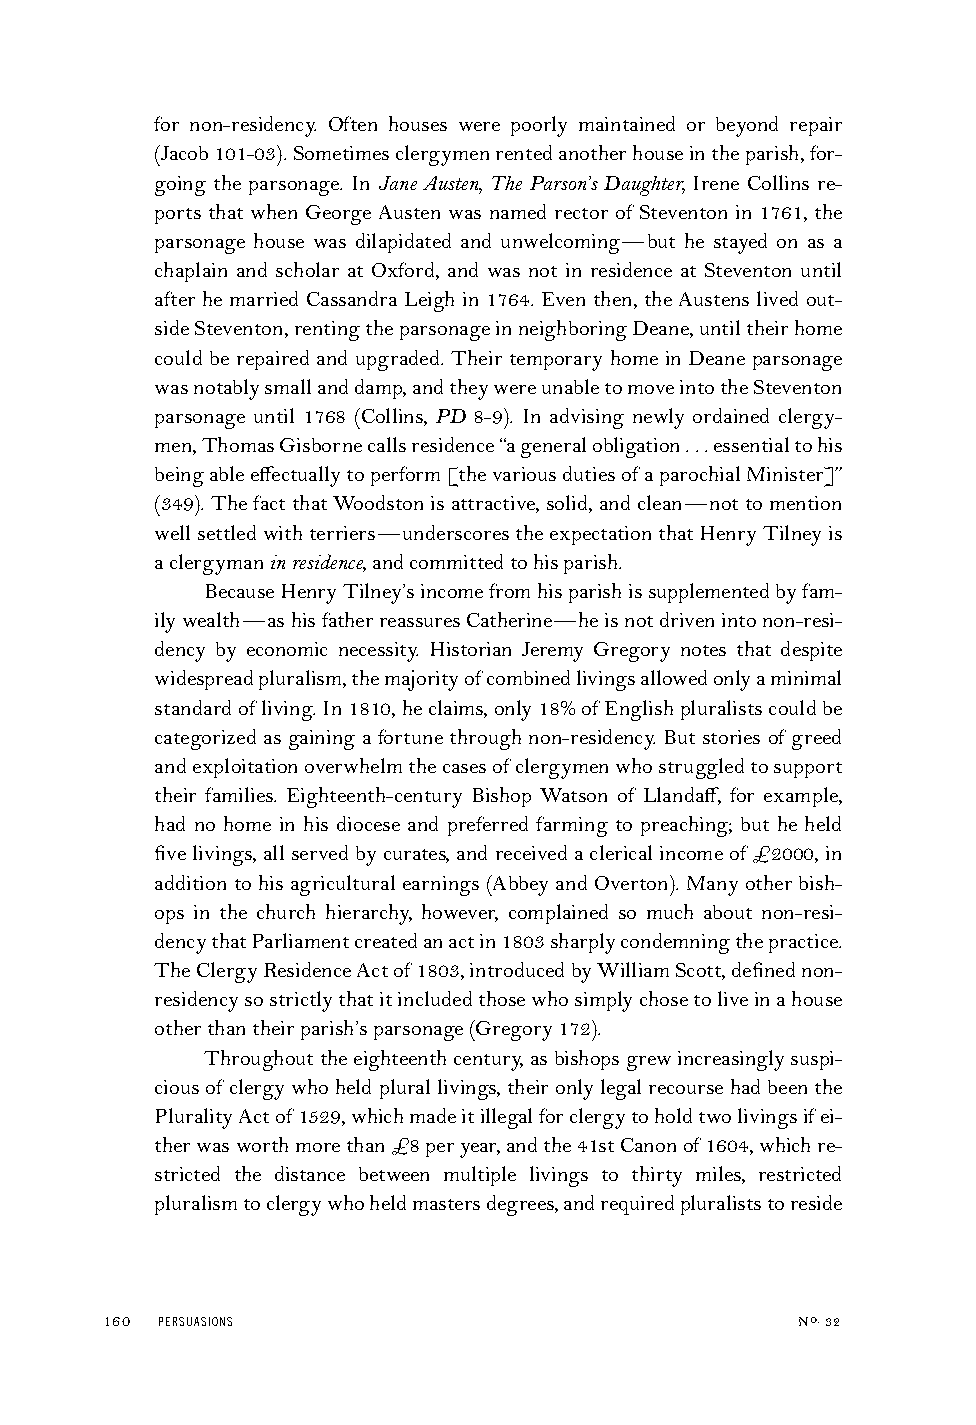
for non-residency. Often houses were poorly maintained or beyond repair
 (Jacob101-03).Sometimesclergymenrentedanotherhouseintheparish,for-
 going the parsonage. In Jane Austen, The Parson’s Daughter, Irene Collins re-
 ports that when George Austen was named rector of Steventon in 1761, the
 parsonage house was dilapidated and unwelcoming—but he stayed on as a
 chaplain and scholar at Oxford, and was not in residence at Steventon until
 after he married Cassandra Leigh in 1764. Even then, the Austens lived out-
 sideSteventon,rentingtheparsonageinneighboringDeane,untiltheirhome
 could be repaired and upgraded. Their temporary home in Deane parsonage
 wasnotablysmallanddamp,andtheywereunabletomoveintotheSteventon
 parsonage until 1768 (Collins, PD 8-9). In advising newly ordained clergy-
 men,ThomasGisbornecallsresidence“ageneralobligation...essentialtohis
 beingableeffectuallytoperform[thevariousdutiesofaparochialMinister]”
 (349).ThefactthatWoodstonisattractive,solid,andclean—nottomention
 wellsettledwithterriers—underscorestheexpectationthatHenryTilneyis
 aclergymaninresidence,andcommittedtohisparish.
 BecauseHenryTilney’sincomefromhisparishissupplementedbyfam-
 ilywealth—ashisfatherreassuresCatherine—heisnotdrivenintonon-resi-
 dency by economic necessity. Historian Jeremy Gregory notes that despite
 widespreadpluralism,themajorityofcombinedlivingsallowedonlyaminimal
 standardofliving.In1810,heclaims,only18%ofEnglishpluralistscouldbe
 categorized as gaining a fortune through non-residency. But stories of greed
 andexploitationoverwhelmthecasesofclergymenwhostruggledtosupport
 their families. Eighteenth-century Bishop Watson of Llandaff, for example,
 had no home in his diocese and preferred farming to preaching; but he held
 fivelivings,allservedbycurates,andreceivedaclericalincomeof £2000,in
 additiontohisagriculturalearnings(AbbeyandOverton).Manyotherbish-
 ops in the church hierarchy, however, complained so much about non-resi-
 dencythatParliamentcreatedanactin1803sharplycondemningthepractice.
 TheClergyResidenceActof1803,introducedbyWilliamScott,definednon-
 residencysostrictlythatitincludedthosewhosimplychosetoliveinahouse
 otherthantheirparish’sparsonage(Gregory172).
 Throughouttheeighteenthcentury,asbishopsgrewincreasinglysuspi-
 ciousof clergywhoheldplurallivings,theironlylegalrecoursehadbeenthe
 PluralityActof1529,whichmadeitillegalforclergytoholdtwolivingsifei-
 therwasworthmorethan£8peryear,andthe41stCanonof1604,whichre-
 stricted the distance between multiple livings to thirty miles, restricted
 pluralismtoclergywhoheldmastersdegrees,andrequiredpluraliststoreside
 160 PERSUASIONS                               No.32